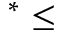
^ \ast \leq